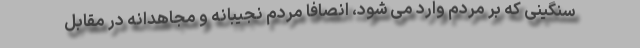
سنگینی که بر مردم وارد می شود، انصافا مردم نجیبانه و مجاهدانه در مقابل